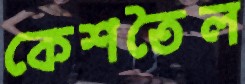
কেশতৈল